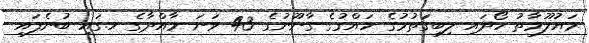
މައުލޫމާތު ހޯދައި ލިބިގަތުމުގެ ހައްގުގެ ގާނޫނުގެ 43 ވަނަ މާއްދާގެ ހ.ގައި ބުނެފައި